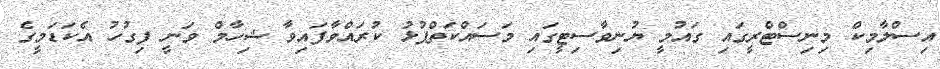
އިސްލާމިކް މިނިސްޓްރީގައި ގައުމީ ޔުނިވާސިޓީގައި މަސައްކަތްޕުޅު ކުރައްވާފައިވާ ޝިހާމް ވަނީ ފިގުހު އެކަޑަމީގެ